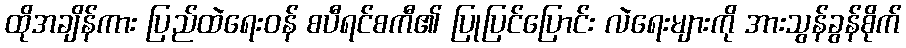
ထိုအချိန်ကား ပြည်ထဲရေးဝန် စပီရင်စကီ၏ ပြုပြင်ပြောင်း လဲရေးများကို အားသွန်ခွန်စိုက်